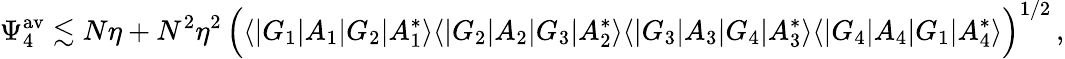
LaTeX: \Psi_{4}^{\mathrm{av}}\lesssim N\eta+N^{2}\eta^{2}\, \Big(\langle|G_{1}|A_{1}|G_{2}|A_{1}^{*}\rangle\langle|G_{2}|A_{2}|G_{3}|A_{2}^{*}\rangle\langle|G_{3}|A_{3}|G_{4}|A_{3}^{*}\rangle\langle|G_{4}|A_{4}|G_{1}|A_{4}^{*}\rangle\Big)^{1/2}\, ,